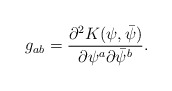
\begin{align*}g_{ab}={ \partial^2 K(\psi, \bar\psi)\over \partial\psi^a\partial\bar\psi^b}.\end{align*}